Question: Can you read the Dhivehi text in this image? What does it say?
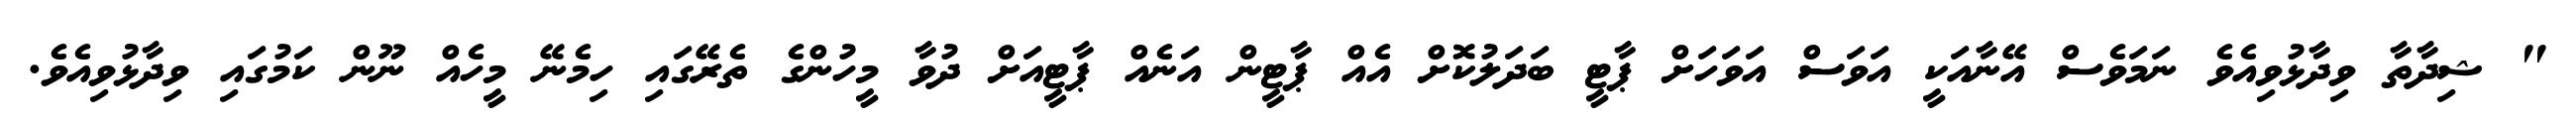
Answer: " ޝިދާތާ ވިދާޅުވިއެވެ ނަމަވެސް އޭނާއަކީ އަވަސް އަވަހަށް ޕާޓީ ބަދަލުކޮށް އެއް ޕާޓީން އަނެއް ޕާޓީއަށް ދުވާ މީހުންގެ ތެރޭގައި ހިމެނޭ މީހެއް ނޫން ކަމުގައި ވިދާޅުވިއެވެ.